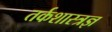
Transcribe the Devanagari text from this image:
तर्कशास्त्रज्ञ